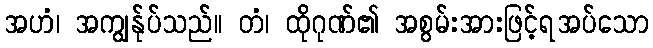
အဟံ၊ အကျွန်ုပ်သည်။ တံ၊ ထိုဂုဏ်၏ အစွမ်းအားဖြင့်ရအပ်သော